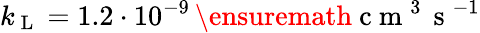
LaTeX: k_{\mathrm{~L~}}=1.2\cdot 10^{-9}\, \ensuremath{\mathrm{~c~m~}^{3}\, \mathrm{~s~}^{-1}}